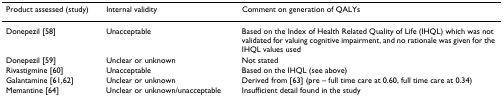
<table><thead><tr><td><b>Product assessed (study)</b></td><td><b>Internal validity</b></td><td><b>Comment on generation of QALYs</b></td></tr></thead><tbody><tr><td>Donepezil [58]</td><td>Unacceptable</td><td>Based on the Index of Health Related Quality of Life (IHQL) which was not validated for valuing cognitive impairment, and no rationale was given for the IHQL values used</td></tr><tr><td>Donepezil [59]</td><td>Unclear or unknown</td><td>Not stated</td></tr><tr><td>Rivastigmine [60]</td><td>Unacceptable</td><td>Based on the IHQL (see above)</td></tr><tr><td>Galantamine [61,62]</td><td>Unclear or unknown</td><td>Derived from [63] (pre – full time care at 0.60, full time care at 0.34)</td></tr><tr><td>Memantine [64]</td><td>Unclear or unknown/unacceptable</td><td>Insufficient detail found in the study</td></tr></tbody></table>